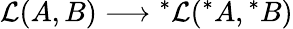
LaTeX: {\cal L}(A,B)\longrightarrow\mathrm{}^{*}{\cal L}(\mathrm{}^{*}A,\mathrm{}^{*}B)